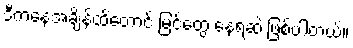
ဒီကနေ့အချိန်ထိတောင် မြင်တွေ့ နေရဆဲ ဖြစ်ပါတယ်။